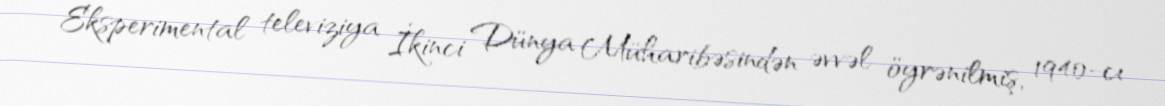
Eksperimental televiziya İkinci Dünya Müharibəsindən əvvəl öyrənilmiş, 1940-cı